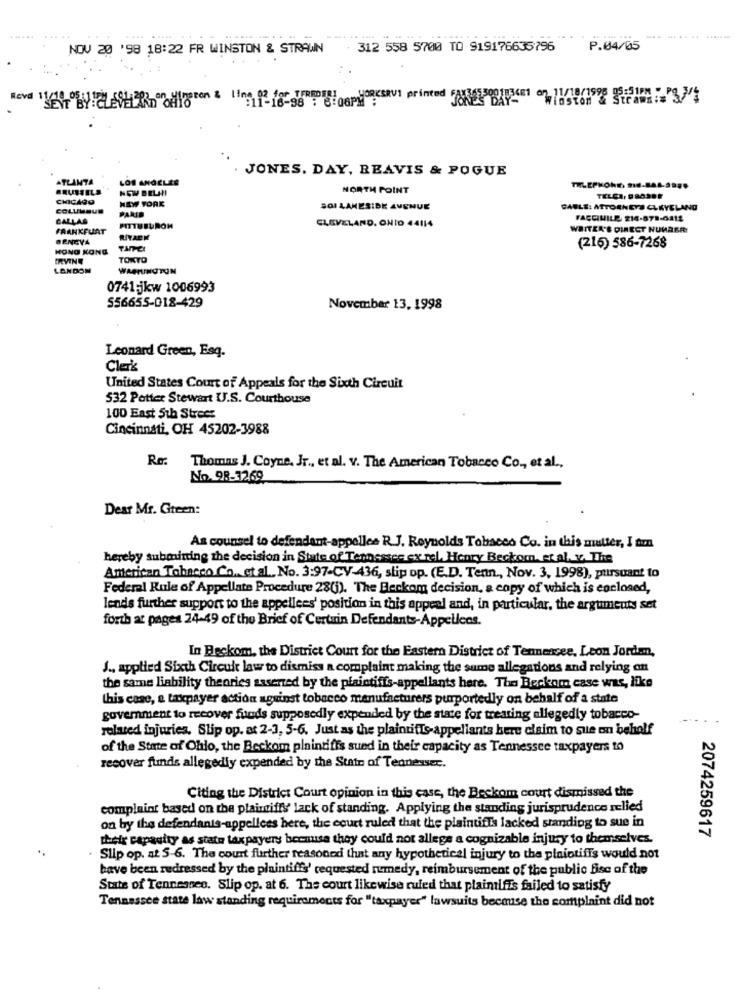
NOV 20 '98 18:22 FR WINSTON & STRAWN 312 558 5700 TO 919176635796
P.04/05
leston'S StraWs:#
JONES. DAY, REAVIS & POGUE
ATLANTA
LOS ANGELES
BRUSSELS
NOW BELAN
NORTH POINT
TELEPHONE, 916-BA6-3988
CHICAGO
NEW YORK
TELCA, DRASDE
COLUMBUS
PARID
SOI LAKESIDE AVENUE
CABLE: ATTORNEYS CLEVELAND
CALLAS
CLEVELAND, ONID 44114
FACCIMILE 214-878-0412
FRANKFURT
PITTUBURON
WRITER'S DIRECT NUMASA
BENGYA
RIYAEM
HONG KONG
(216) 586-7268
IRVINE
TOKTO
LANDON
WASHINGTON
0741 jkw 1006993
556655-018-429
November 13, 1998
Leonard Green, Esq.
Clerk
United States Court of Appeals for the Sixth Circuit
532 Potter Stewart U.S. Courthouse
100 East 5th Street
Cincinnati, OH 45202-3988
Re:
Thomas J. Coyne, Jr ., et al. v. The American Tobacco Co ., et al .,
No. 98-12 69
Dear Mr. Gteen:
As counsel to defendant-appelles R.J. Reynolds Tobacco Co. in this mutter, I tmn
hereby submining the decision in State of Tennessee ex rel. Henry Beckom, et al. v. The
American Tobacco Co, et al ., No. 3:97-CV-436, slip op. (E.D. Tenn, Nov. 3, 1998), pursuant to
Federal Rule of Appellate Procedure 28(j). The Berkom decision, a copy of which is enclosed,
lends further support to the appellees' position in this appeal and, in particular, the arguments set
forth at pages 24-49 of the Brief of Certain Defendants-Appellens.
In Beckom, the District Court for the Eastern District of Tennessee, Leon Jordem,
J ., applied Sixth Circuit law to dismiss a complaint making the sume allegations and relying on
the same liability theories asserted by the plaintiffs-appellants here. The Beckom case was, like
this case, e taxpayer action against tobacco manufacturers purportedly on behalf of a state
goverment to recover funds supposedly expended by the state for treating allegedly tobacco-
related injuries. Slip op. at 2-3, 5-6. Just as the plaintiffs-appellants here cisim to sue on behalf
of the State of Chlo, the Beckom plaintiffs sued in their capacity as Tennessee taxpayers 10
recover funds allegedly expended by the Stain of Tednesser.
Citing the District Court opinion in this case, the Beskom court dismissed the
complaint based on the plaintiffs' lack of standing. Applying the standing jurisprudence relied
on by the defendants-appellees here, the court ruled that the plaintiffs lacked standing to sue in
2074259617
their capacity as state taxpayers because they could not allege a cognizable injury to themselves.
. Slip op. at 5-6. The court further reasonod that any hypothetical injury to the plaintiffs would not
have been redressed by the plaintiffs' cequested rumedy, reimbursement of the public fisc of the
Stats of Tennessee. Slip op. at 6. The court likewise ruled that plaintiffs failed to satisfy
Tennessee state law standing requirements for "taxpayer" lawsuits because the complaint did not